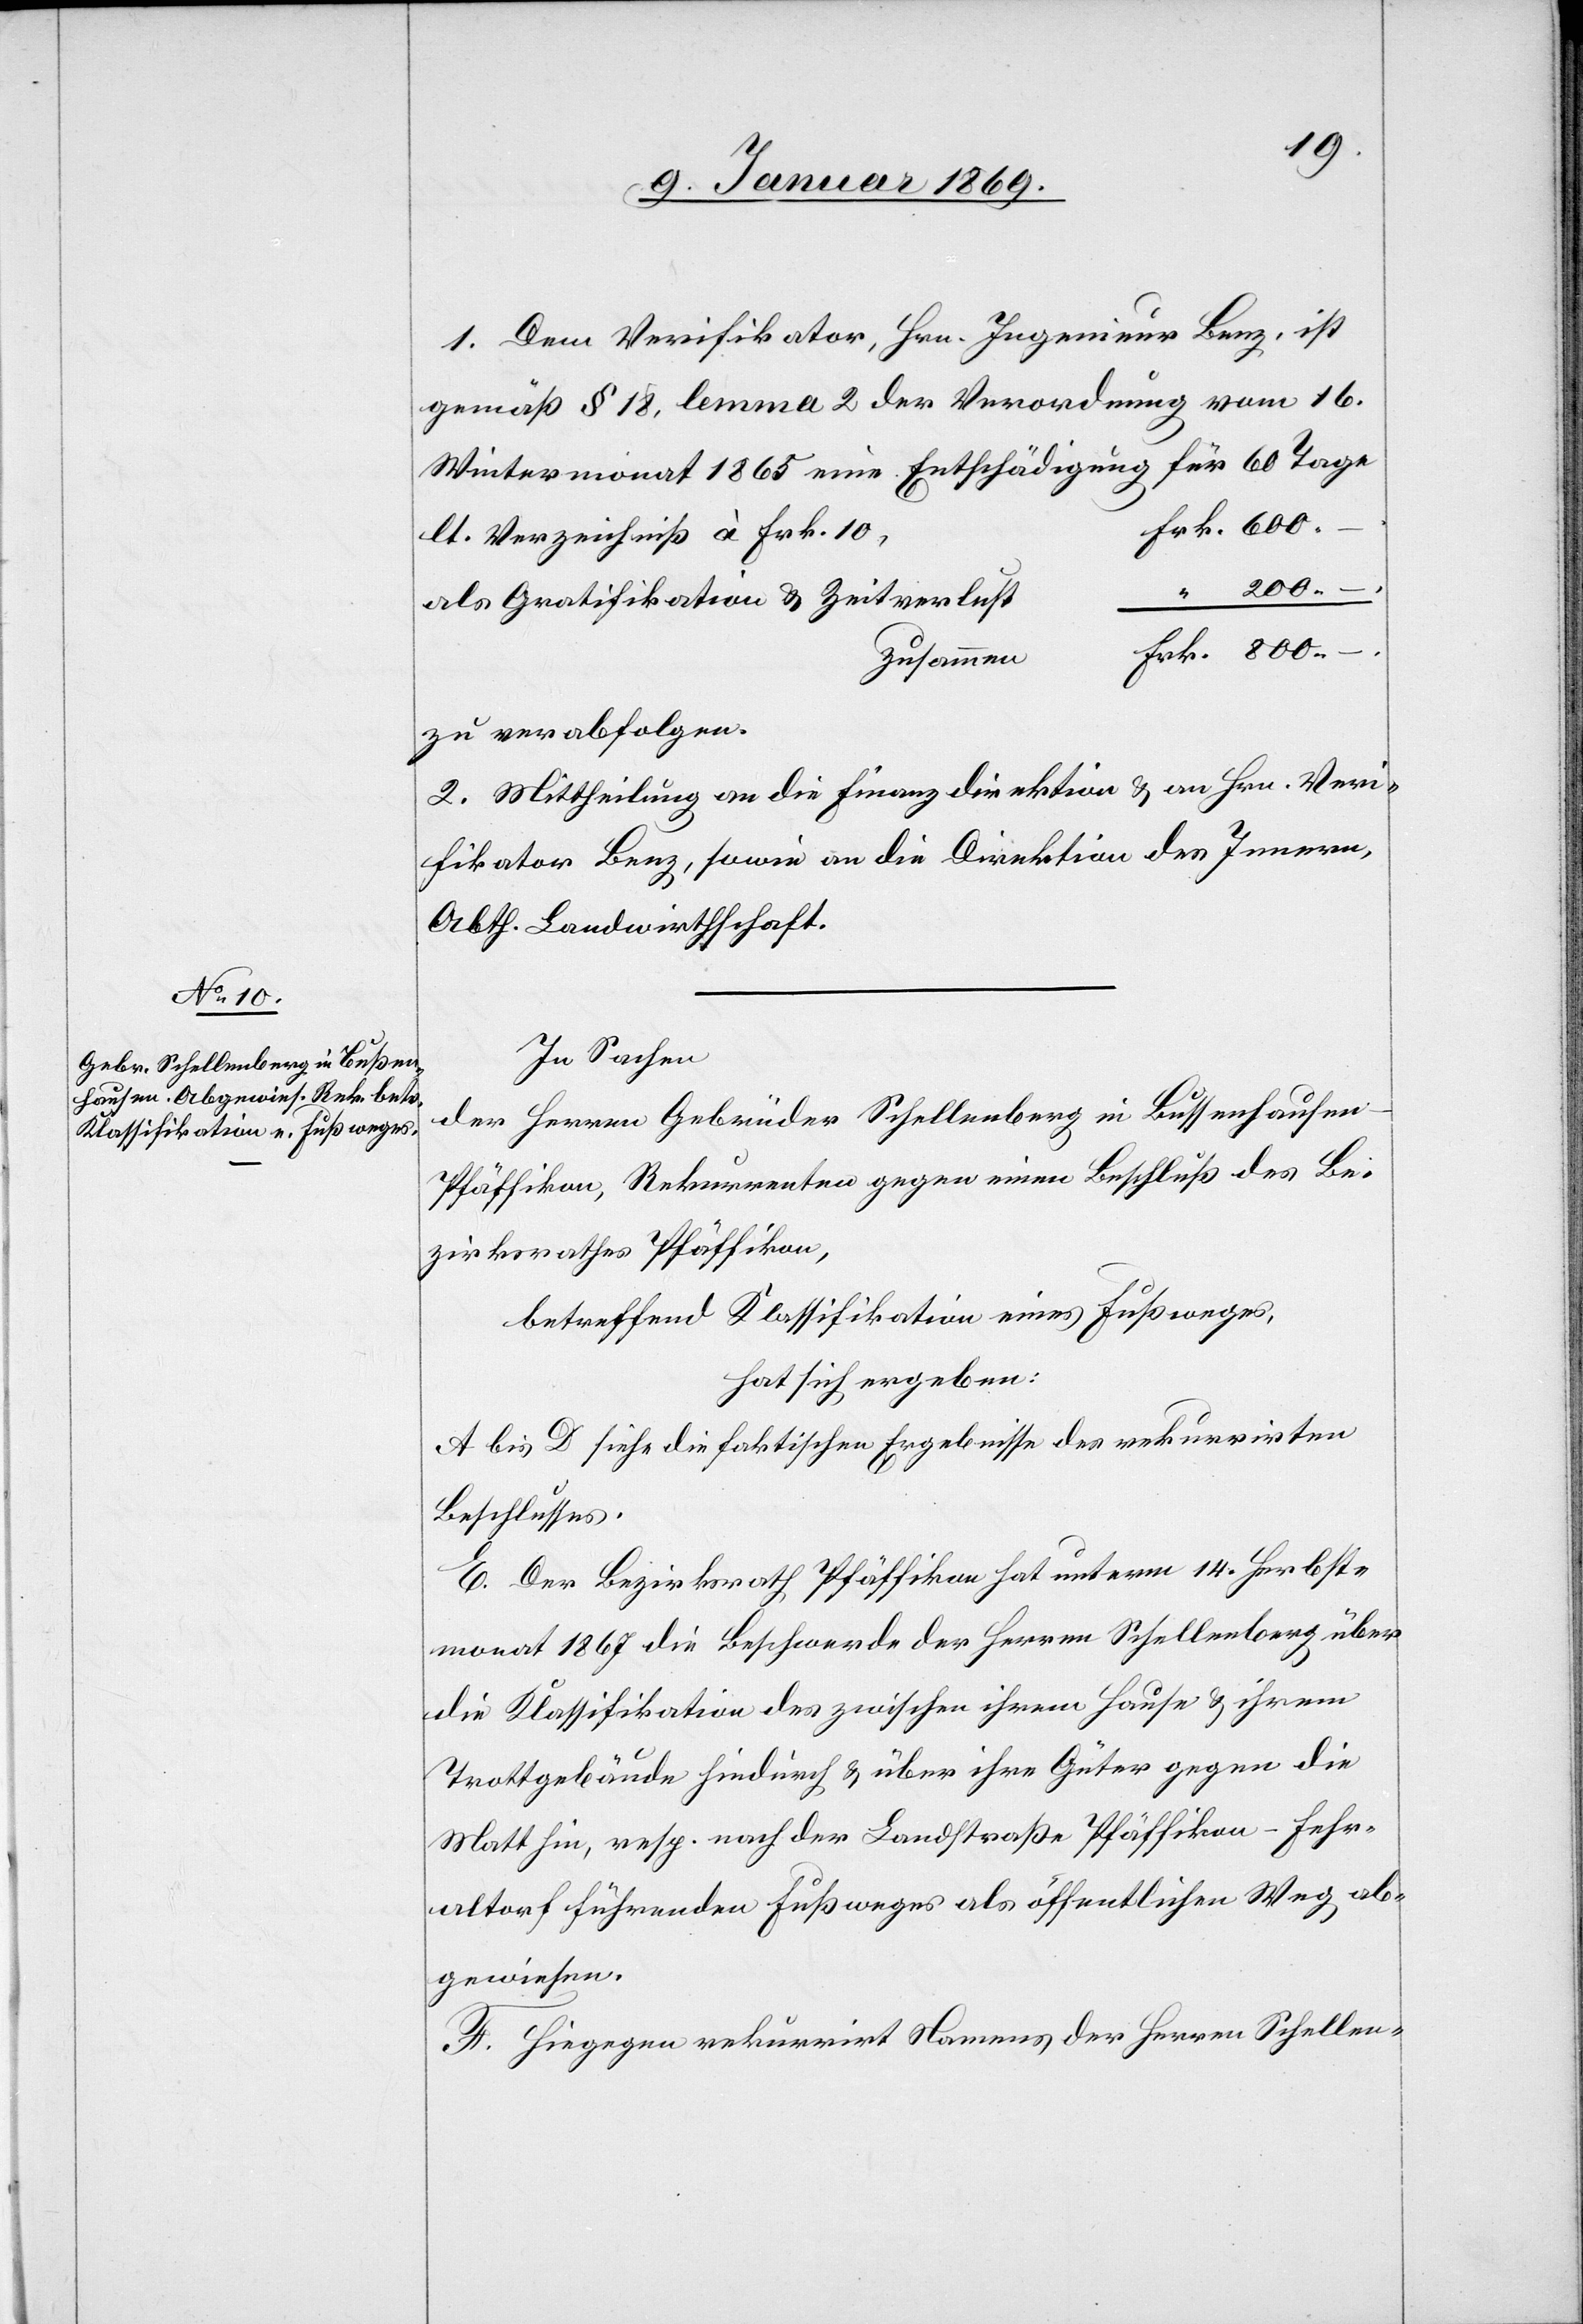
1. Dem Verifikator, Hrn. Ingenieur Benz, ist
gemäß § 18, lemma 2 der Verordnung vom 16.
Wintermonat 1865 eine Entschädigung für 60 Tage
lt. Verzeichniß à Frk.
als Gratifikation & Zeitverlust
Frk. 800 –
zusammen
zu verabfolgen.
2. Mittheilung an die Finanzdirektion & an Hrn. Veri¬
fikator Benz, sowie an die Direktion des Innern,
Abth. Landwirthschaft.
In Sachen
der Herrn Gebrüder Schellenberg in Bussenhausen
Pfäffikon, Rekurrenten gegen einen Beschluß des Be¬
zirksrathes Pfäffikon,
betreffend Klassifikation eines Fußweges,
hat sich ergeben:
A bis D siehe die faktischen Ergebnisse des rekurrirten
Beschlusses.
E. Der Bezirksrath Pfäffikon hat unterm 14 Herbst¬
monat 1867 die Beschwerde der Herren Schellenberg über
die Klassifikation des zwischen ihrem Hause u. ihrem
Trottgebäude hindurch u. über ihre Güter gegen die
Matt hin, resp. nach der Landstraße Pfäffikon–Fehr¬
altorf führenden Fußweges als öffentlichen Weg ab¬
gewiesen.
F. Hingegen rekurrirt Namens der Herren Schellen-